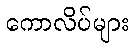
ကောလိပ်များ